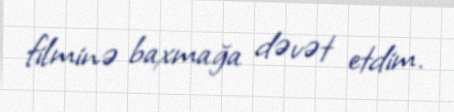
filminə baxmağa dəvət etdim.